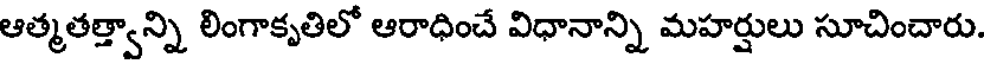
ఆత్మతత్త్వాన్ని లింగాకృతిలో ఆరాధించే విధానాన్ని మహర్షులు సూచించారు.